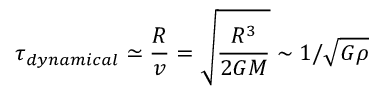
\tau _ { d y n a m i c a l } \simeq { \frac { R } { v } } = { \sqrt { \frac { R ^ { 3 } } { 2 G M } } } \sim 1 / { \sqrt { G \rho } }